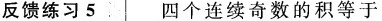
反馈练习5 四个连续奇数的积等于